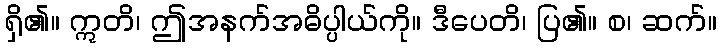
ရှိ၏။ ဣတိ၊ ဤအနက်အဓိပ္ပါယ်ကို။ ဒီပေတိ၊ ပြ၏။ စ၊ ဆက်။